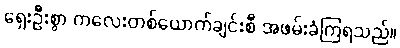
ရှေးဦးစွာ ကလေးတစ်ယောက်ချင်းစီ အဖမ်းခံကြရသည်။